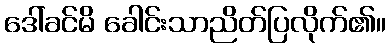
ဒေါ်ခင်မိ ခေါင်းသာညိတ်ပြလိုက်၏။